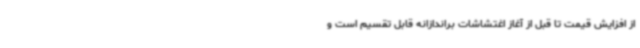
از افزایش قیمت تا قبل از آغاز اغتشاشات براندازانه قابل تقسیم است و